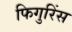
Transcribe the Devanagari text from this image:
फिगुरिंस